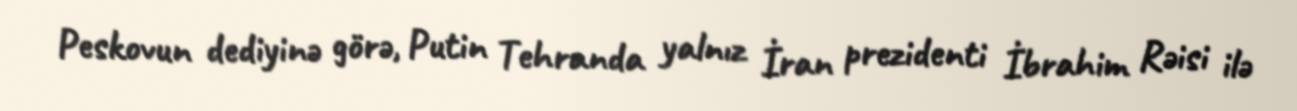
Peskovun dediyinə görə, Putin Tehranda yalnız İran prezidenti İbrahim Rəisi ilə